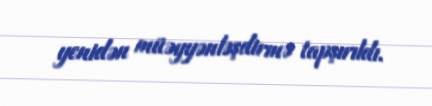
yenidən müəyyənləşdirmə tapşırıldı.